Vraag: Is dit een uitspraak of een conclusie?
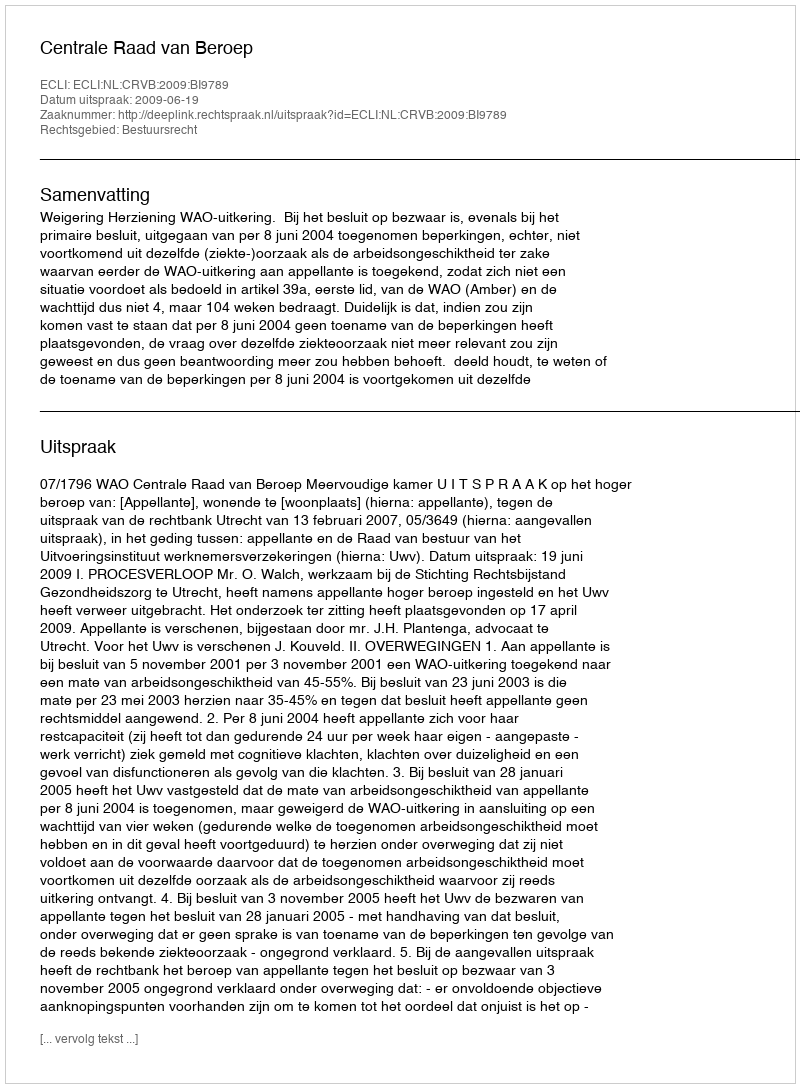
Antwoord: Uitspraak